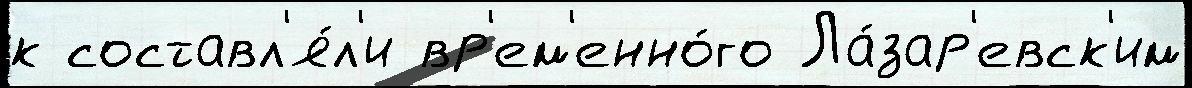
к составл'я́л'и вр'ем'енно́го Ла́зар'евск'им